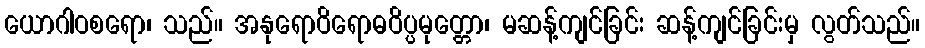
ယောဂါဝစရော၊ သည်။ အနုရောဝိရောဓဝိပ္ပမုတ္တော၊ မဆန့်ကျင်ခြင်း ဆန့်ကျင်ခြင်းမှ လွတ်သည်။